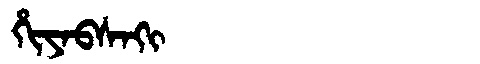
Manchu: ᡥᡳᠶᠠᠪᠰᠠᡴᡳ
Romanization: HIYABSAKI